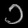
Digit: ၁